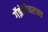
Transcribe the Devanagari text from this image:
गॅझेटियरच्या